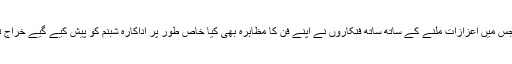
تقریب رات گئے تک جاری رہی جس میں اعزازات ملنے کے ساتھ ساتھ فنکاروں نے اپنے فن کا مظاہرہ بھی کیا خاص طور پر اداکارہ شبنم کو پیش کیے گیے خراج تحسین کو حاضرین نے بہت سراہا۔